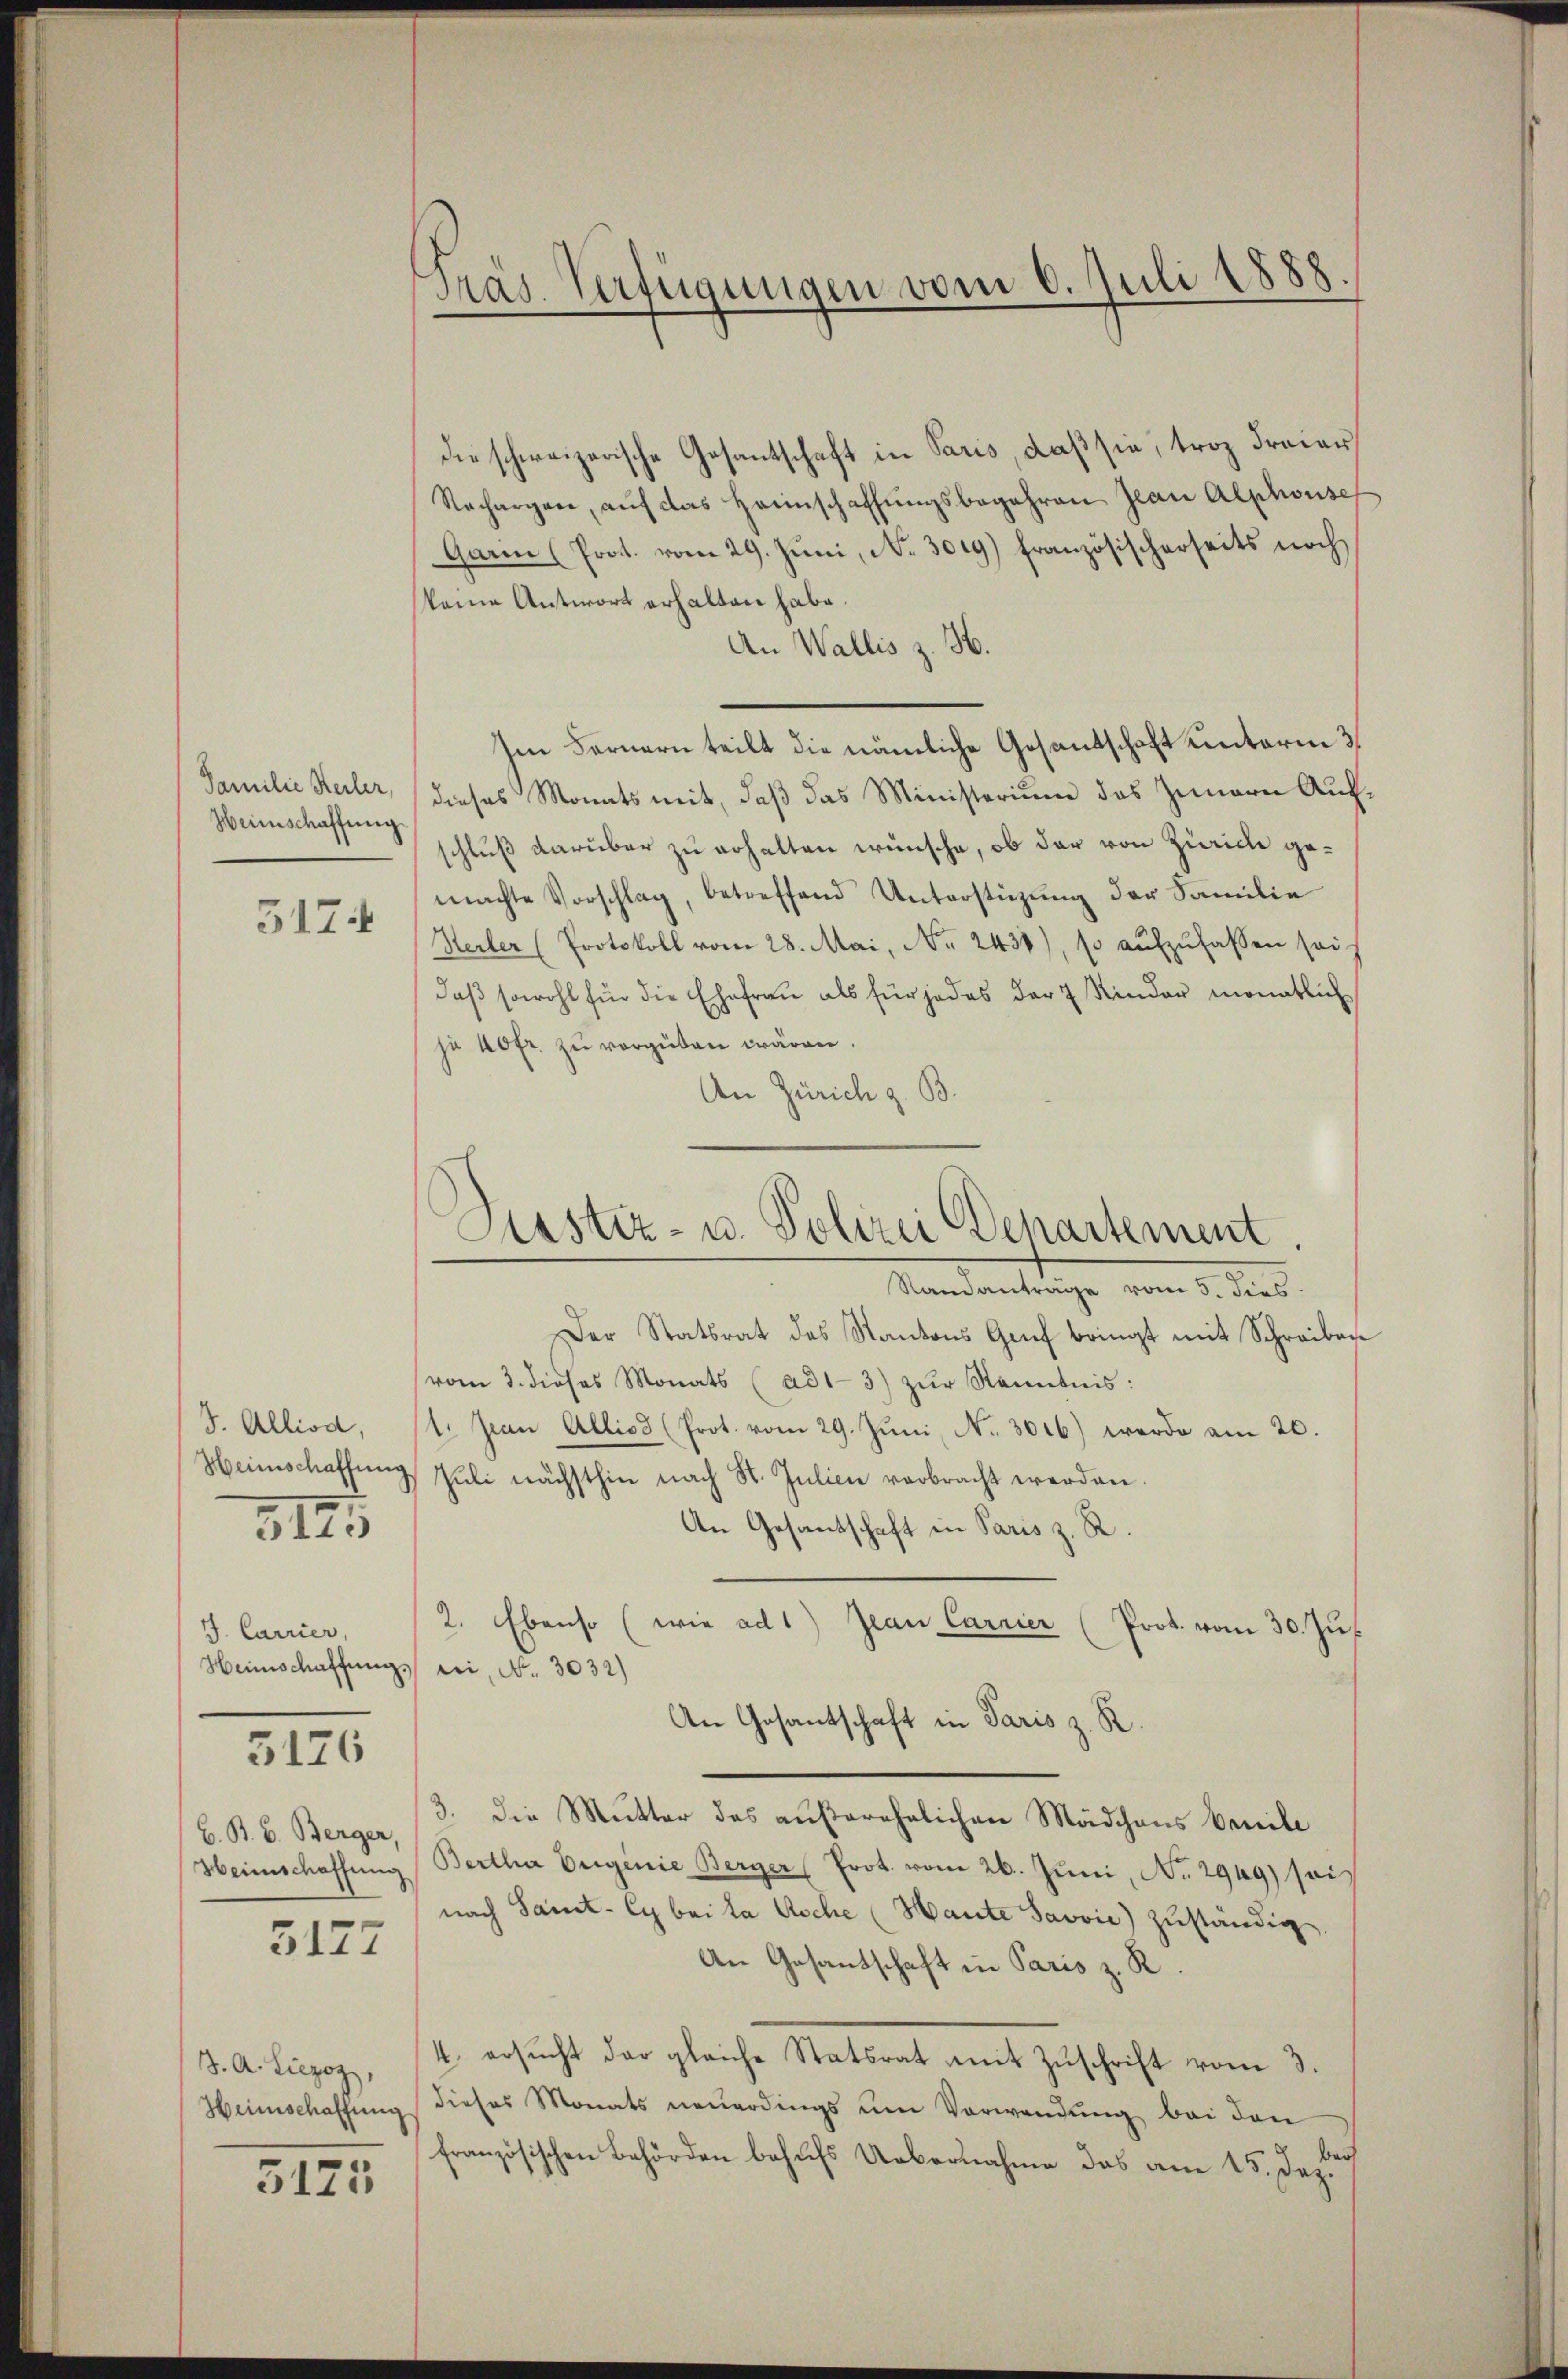
Familie Heiler,
Heimschaffung
5174

J. Alliod,
3125

J. Carrier,

5126

B.B. 6. Berger,

3177

J. A. Liezoz,

5125

Präs. Verfügungen vom 6. Juli 1888

die schweizerische Gesantschaft in Paris, daß sie, troz Freier
Nacharger, aŭf das Heimschaffŭngsbegehren Jean Alphonse
Garen (Prot. vom 29. Jŭni, No. 3019) französischerseits noch
keine Antwort erhalten habe.
An Wallis z. H.
Im Fernern teilt die nämliche Gesantschaft unterm 3.
dieses Monats mit, daß das Ministerium das Zimmern Aufschluß darüber zu erhalten wünsche, ob der von Zürich gemachte Vorschlag, betreffend Unterstützŭng der Familie
Herler (Protokoll vom 28. Mai, No. 2438), so aufzufassen sei.
daβ sowohl für die Ehefrau als für jedes der 7 Kinder monatlich
ja 40 fr. zu vorgeben wären.
An Zürich z. B.

Justiz- u. Polizei Departement.

Randanträge vom 5. dies
Der Statsrat des Kantons Genf bringt mit Schreiben
vom 3. dieses Monats (ad1-3) zŭr Kenntnis:
1. Jean Alliod (Prot. vom 29. Jŭni, No. 3016) werde am 20.
Heimschaffŭng Juli nächsthin nach St. Julien verbracht werden.
An Gesandschaft in Paris z. R.
2. Ebenso (wie ad 1) Jean Carrier (Prot. vom 30. Jus
Heimschaffung sei, No. 3032)
An Gesantschaft in Paris z. R.
3. Die Mutter des außerehelichen Mädchens Venile
Heimschaffŭng Bertha Originie Berger Prot. vom 26. Juni, No 2949) soi
nach Samt-Cybaita Asche (Hante Javvić) zuständig
An Gesantschaft in Paris z. R.
4. ersucht der gleiche Statsrat mit Zuschrift vom 3.
Heimschaffŭng dieses Monats neŭerdings um Verwendŭng bei den
französischen Behörden behufs Uebernahme das am 15. Dez.